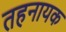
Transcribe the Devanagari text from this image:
तहनायक